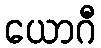
ယောဂီ